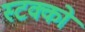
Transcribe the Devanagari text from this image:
स्टक्को